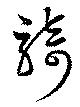
騎